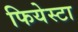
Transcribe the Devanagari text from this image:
फियेस्टा